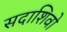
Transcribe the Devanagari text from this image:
सदाशिवो